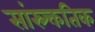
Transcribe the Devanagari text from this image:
सांस्र्क्ततिक